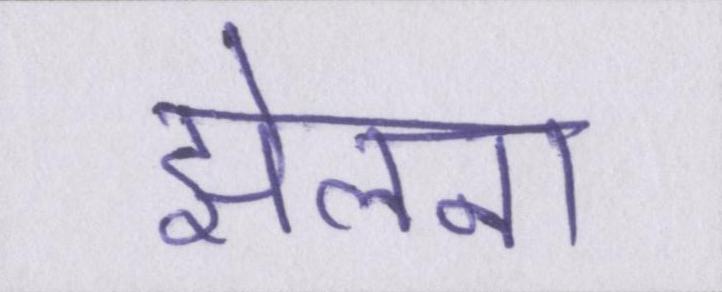
झेलना